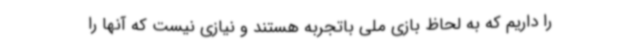
را داریم که به لحاظ بازی ملی باتجربه هستند و نیازی نیست که آنها را